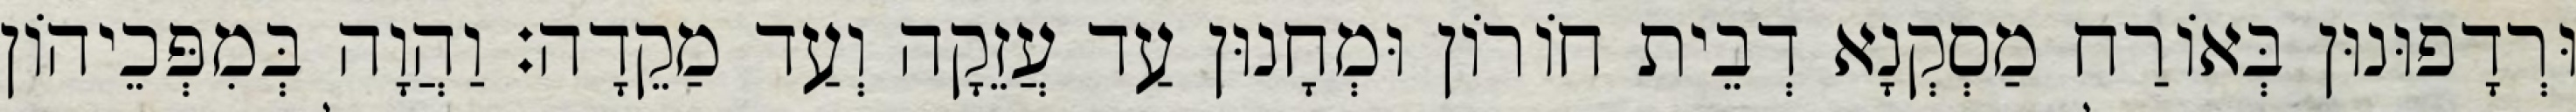
וּרְדָפוּנוּן בְּאוֹרַח מַסְקְנָא דְבֵית חוֹרוֹן וּמְחָנוּן עַד עֲזֵקָה וְעַד מַקֵדָה׃ וַהֲוָה בְּמִפְּכֵיהוֹן